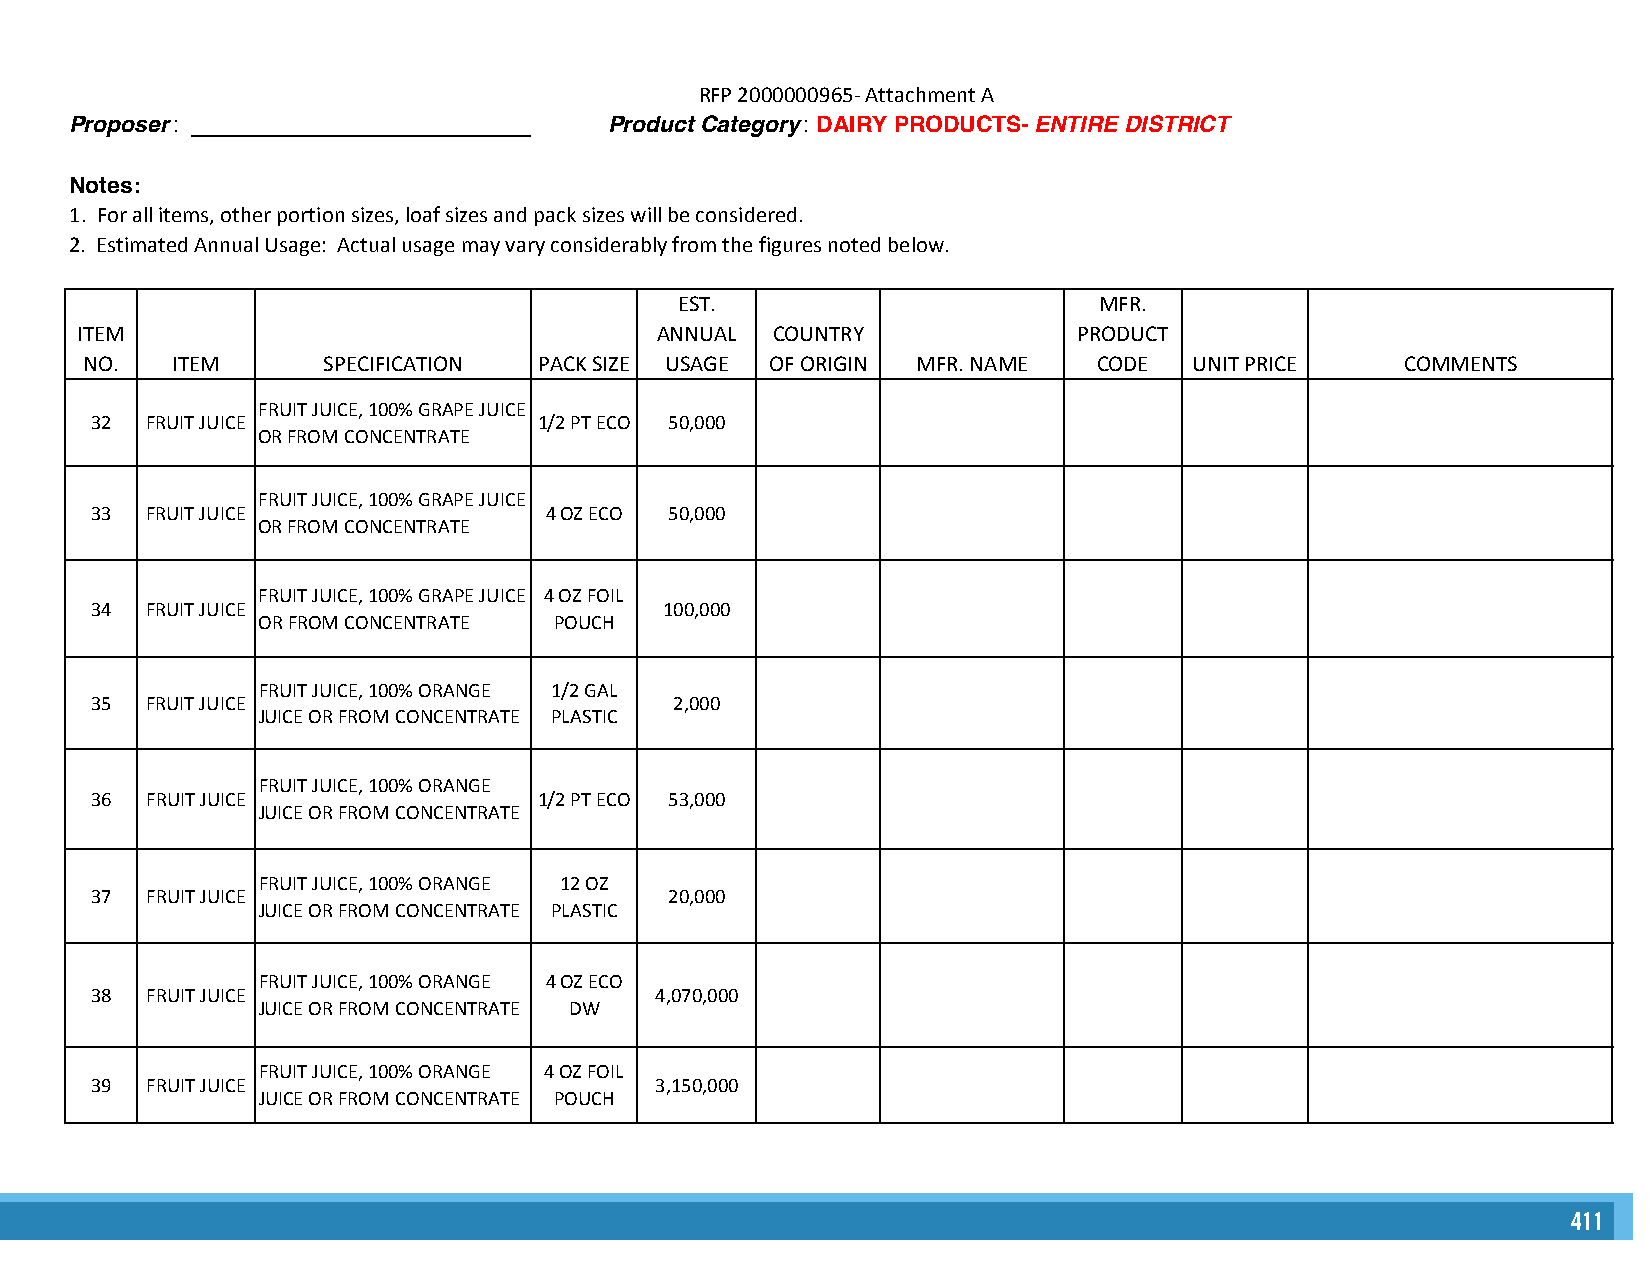
RFP 2000000965- Attachment A
 Proposer: ___________________________ Product Category : DAIRY PRODUCTS- ENTIRE DISTRICT
 Notes:
 1. For all items, other portion sizes, loaf sizes and pack sizes will be considered.
 2. Estimated Annual Usage: Actual usage may vary considerably from the figures noted below.
 EST.                        MFR.
 ITEM                                  ANNUAL  COUNTRY             PRODUCT
 NO.  ITEM      SPECIFICATION  PACK SIZE USAGE OF ORIGIN MFR. NAME  CODE  UNIT PRICE    COMMENTS
 FRUIT JUICE, 100% GRAPE JUICE
 32  FRUIT JUICE               1/2 PT ECO 50,000
 OR FROM CONCENTRATE
 FRUIT JUICE, 100% GRAPE JUICE
 33  FRUIT JUICE               4 OZ ECO 50,000
 OR FROM CONCENTRATE
 FRUIT JUICE, 100% GRAPE JUICE 4 OZ FOIL
 34  FRUIT JUICE                       100,000
 OR FROM CONCENTRATE POUCH
 FRUIT JUICE, 100% ORANGE 1/2 GAL
 35  FRUIT JUICE                        2,000
 JUICE OR FROM CONCENTRATE PLASTIC
 FRUIT JUICE, 100% ORANGE
 36  FRUIT JUICE               1/2 PT ECO 53,000
 JUICE OR FROM CONCENTRATE
 FRUIT JUICE, 100% ORANGE 12 OZ
 37  FRUIT JUICE                       20,000
 JUICE OR FROM CONCENTRATE PLASTIC
 FRUIT JUICE, 100% ORANGE 4 OZ ECO
 38  FRUIT JUICE                      4,070,000
 JUICE OR FROM CONCENTRATE DW
 FRUIT JUICE, 100% ORANGE 4 OZ FOIL
 39  FRUIT JUICE                      3,150,000
 JUICE OR FROM CONCENTRATE POUCH
 411